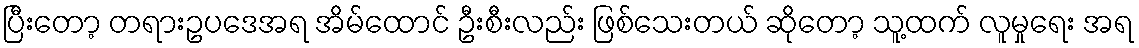
ပြီးတော့ တရားဥပဒေအရ အိမ်ထောင် ဦးစီးလည်း ဖြစ်သေးတယ် ဆိုတော့ သူ့ထက် လူမှုရေး အရ